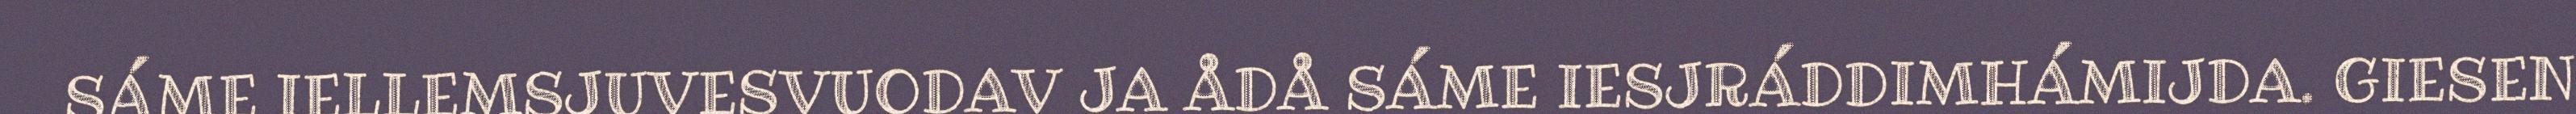
SÁME IELLEMSJUVESVUODAV JA ÅDÅ SÁME IESJRÁDDIMHÁMIJDA. GIESEN